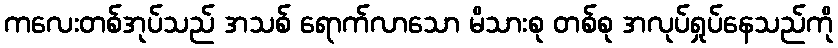
ကလေးတစ်အုပ်သည် အသစ် ရောက်လာသော မိသားစု တစ်စု အလုပ်ရှုပ်နေသည်ကို